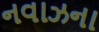
નવાઝના